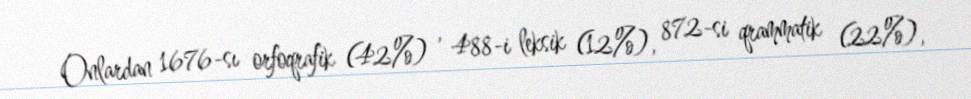
Onlardan 1676-sı orfoqrafik (42%) , 488-i leksik (12%), 872-si qrammatik (22%),